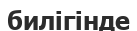
билігінде